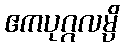
ဧကပုဂ္ဂလမ္ပိ